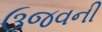
ઉજવની